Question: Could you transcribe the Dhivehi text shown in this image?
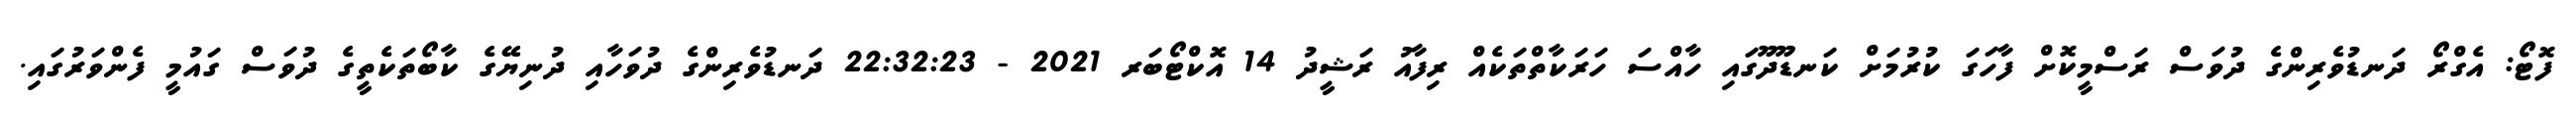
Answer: ފޮޓޯ: އެގްރޯ ދަނޑުވެރިންގެ ދުވަސް ރަސްމީކޮށް ފާހަގަ ކުރުމަށް ކަނޑޫދޫގައި ހާއްސަ ހަރަކާތްތަކެއް ރިފާއު ރަޝީދު 14 އޮކްޓޯބަރ 2021 - 22:32:23 ދަނޑުވެރިންގެ ދުވަހާއި ދުނިޔޭގެ ކާބޯތަކެތީގެ ދުވަސް ގައުމީ ފެންވަރުގައި.